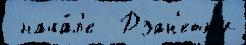
 нача́л'е  Дзан'етт'и